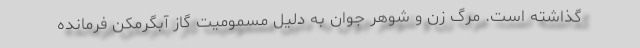
گذاشته است. مرگ زن و شوهر جوان به دلیل مسمومیت گاز آبگرمکن فرمانده